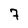
Character: 7